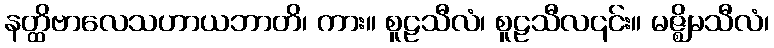
နတ္ထိဗာလေသဟာယဘာတိ၊ ကား။ စူဠသီလံ၊ စူဠသီလ၎င်း။ မဇ္ဈိမသီလံ၊